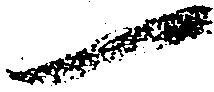
一